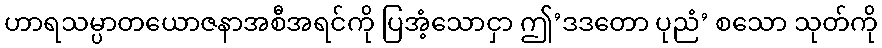
ဟာရသမ္ပာတယောဇနာအစီအရင်ကို ပြအံ့သောငှာ ဤ’ဒဒတော ပုညံ’ စသော သုတ်ကို